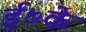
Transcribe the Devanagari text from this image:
ई७के